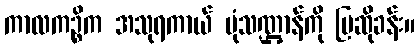
ကာလကဉ္စိက အသုရကာယ် ပုံသဏ္ဌာန်ကို ပြဆိုခန်း။